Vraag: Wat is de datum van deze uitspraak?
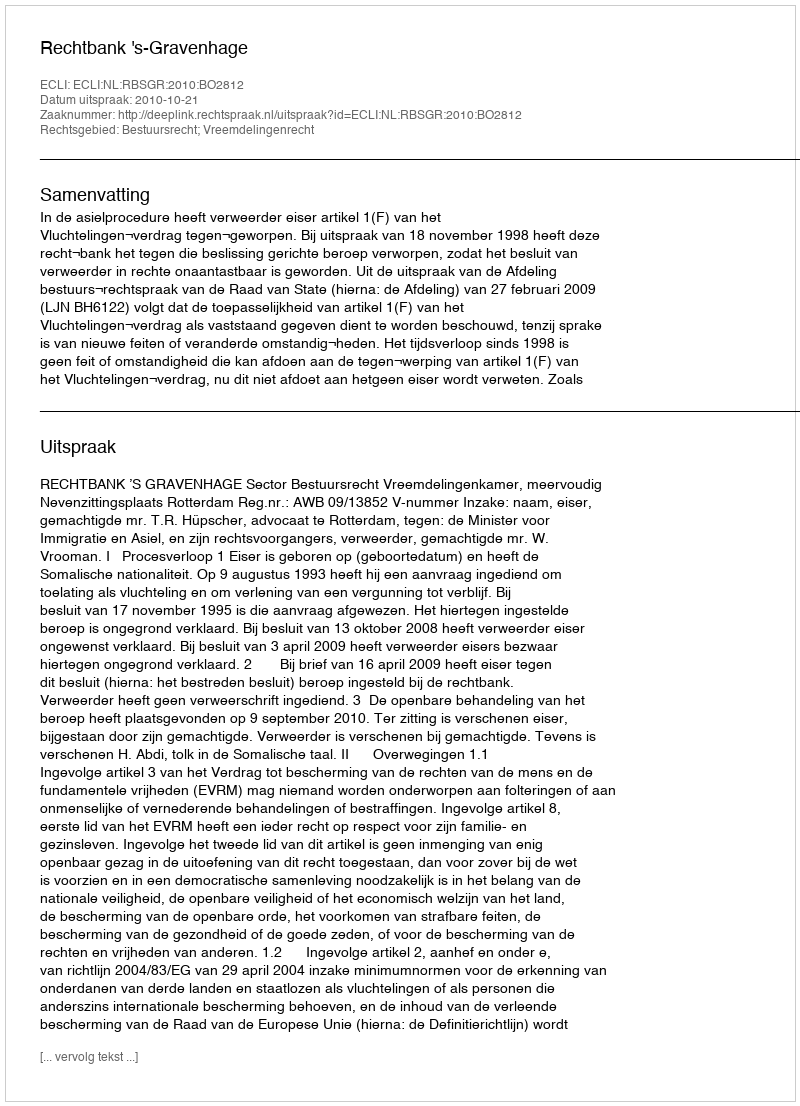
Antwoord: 2010-10-21